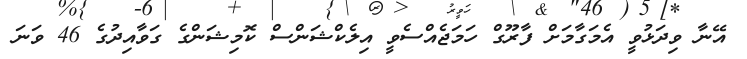
އޭނާ ވިދަޅުވީ އެމަގާމަށް ފާރޫގް ހަމަޖެއްސެވީ އިލެކްޝަންސް ކޮމިޝަންގެ ގަވާއިދުގެ 46 ވަނަ